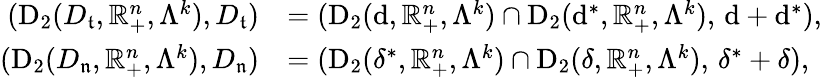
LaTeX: \begin{array}{rl}{(\mathrm{D}_{2}(D_{\mathfrak{t}},\mathbb{R}_{+}^{n},\Lambda^{k}),D_{\mathfrak{t}})}&{=(\mathrm{D}_{2}({\mathrm{d}},\mathbb{R}_{+}^{n},\Lambda^{k})\cap\mathrm{D}_{2}({\mathrm{d}^{\ast}},\mathbb{R}_{+}^{n},\Lambda^{k}),\, \mathrm{d}+\mathrm{d}^{\ast})\mathrm{,~}}\\ {(\mathrm{D}_{2}(D_{\mathfrak{n}},\mathbb{R}_{+}^{n},\Lambda^{k}),D_{\mathfrak{n}})}&{=(\mathrm{D}_{2}({\delta^{\ast}},\mathbb{R}_{+}^{n},\Lambda^{k})\cap\mathrm{D}_{2}({\delta},\mathbb{R}_{+}^{n},\Lambda^{k}),\, \delta^{\ast}+\delta)\mathrm{,~}}\end{array}